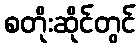
စတိုးဆိုင်တွင်